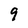
Character: 9